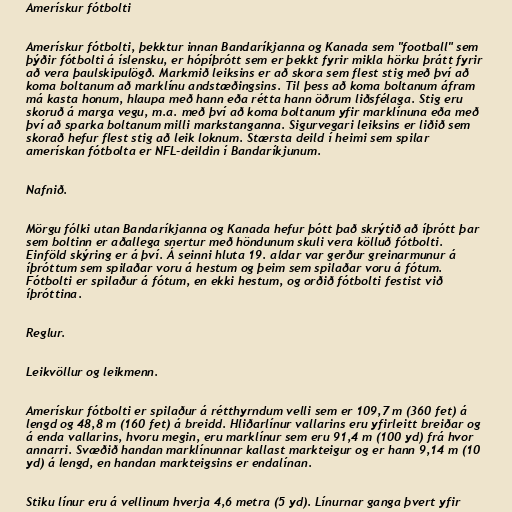
Amerískur fótbolti

Amerískur fótbolti, þekktur innan Bandaríkjanna og Kanada sem "football" sem
þýðir fótbolti á íslensku, er hópíþrótt sem er þekkt fyrir mikla hörku þrátt fyrir
að vera þaulskipulögð. Markmið leiksins er að skora sem flest stig með því að
koma boltanum að marklínu andstæðingsins. Til þess að koma boltanum áfram
má kasta honum, hlaupa með hann eða rétta hann öðrum liðsfélaga. Stig eru
skoruð á marga vegu, m.a. með því að koma boltanum yfir marklínuna eða með
því að sparka boltanum milli markstanganna. Sigurvegari leiksins er liðið sem
skorað hefur flest stig að leik loknum. Stærsta deild í heimi sem spilar
amerískan fótbolta er NFL-deildin í Bandaríkjunum.

Nafnið.

Mörgu fólki utan Bandaríkjanna og Kanada hefur þótt það skrýtið að íþrótt þar
sem boltinn er aðallega snertur með höndunum skuli vera kölluð fótbolti.
Einföld skýring er á því. Á seinni hluta 19. aldar var gerður greinarmunur á
íþróttum sem spilaðar voru á hestum og þeim sem spilaðar voru á fótum.
Fótbolti er spilaður á fótum, en ekki hestum, og orðið fótbolti festist við
íþróttina.

Reglur.

Leikvöllur og leikmenn.

Amerískur fótbolti er spilaður á rétthyrndum velli sem er 109,7 m (360 fet) á
lengd og 48,8 m (160 fet) á breidd. Hliðarlínur vallarins eru yfirleitt breiðar og
á enda vallarins, hvoru megin, eru marklínur sem eru 91,4 m (100 yd) frá hvor
annarri. Svæðið handan marklínunnar kallast markteigur og er hann 9,14 m (10
yd) á lengd, en handan markteigsins er endalínan.

Stiku línur eru á vellinum hverja 4,6 metra (5 yd). Línurnar ganga þvert yfir